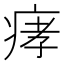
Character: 痚